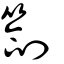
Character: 劄